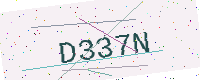
Text: D337N